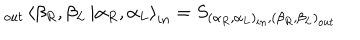
\displaystyle _ { o u t } \left\langle \beta _ { R } , \beta _ { L } \right. \left| \alpha _ { R } , \alpha _ { L } \right\rangle _ { i n } = S _ { ( \alpha _ { R } , \alpha _ { L } ) _ { i n } , ( \beta _ { R } , \beta _ { L } ) _ { o u t } }